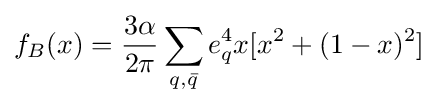
f_{B}(x)={\frac {3\alpha }{2\pi }}\sum _{q,{\bar {q}}}e_{q}^{4}x[x^{2}+(1-x)^{2}]